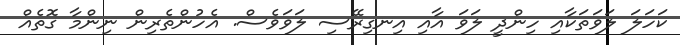
ކަހަލަ ލަވަތަކާއި ހިންދީ ލަވަ އާއި އިނގިރޭސި ލަވަވެސް. އެހުންތެރިން ނިންމާ ގޮތެއް